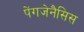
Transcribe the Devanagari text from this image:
पेंगजेनैसिस